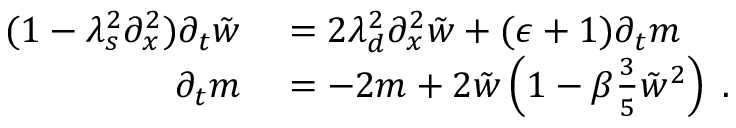
\begin{array} { r l } { ( 1 - \lambda _ { s } ^ { 2 } \partial _ { x } ^ { 2 } ) \partial _ { t } \tilde { w } } & { { } = 2 \lambda _ { d } ^ { 2 } \partial _ { x } ^ { 2 } \tilde { w } + ( \epsilon + 1 ) \partial _ { t } m } \\ { \partial _ { t } m } & { { } = - 2 m + 2 \tilde { w } \left( 1 - \beta \frac { 3 } { 5 } \tilde { w } ^ { 2 } \right) \; . } \end{array}